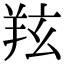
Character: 𦍫